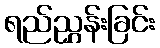
ရည်ညွှန်းခြင်း